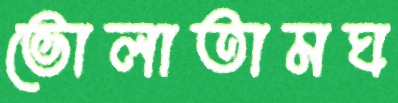
ভোলাতামঘ